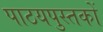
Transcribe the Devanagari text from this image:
पाठयपुस्तकों